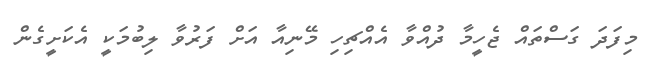
މިފަދަ ގަސްތައް ޖެހީމާ ދުއްވާ އެއްޗިހި މޭނިއާ އަށް ފަރުވާ ލިބުމަކީ އެކަށީގެން